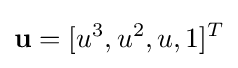
\mathbf {u} =[u^{3},u^{2},u,1]^{T}